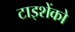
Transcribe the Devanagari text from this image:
टाइशेंको